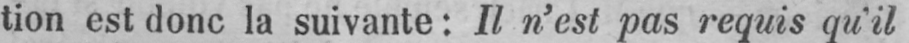
tion est donc la suivante: Il n’est pas requis qu’il